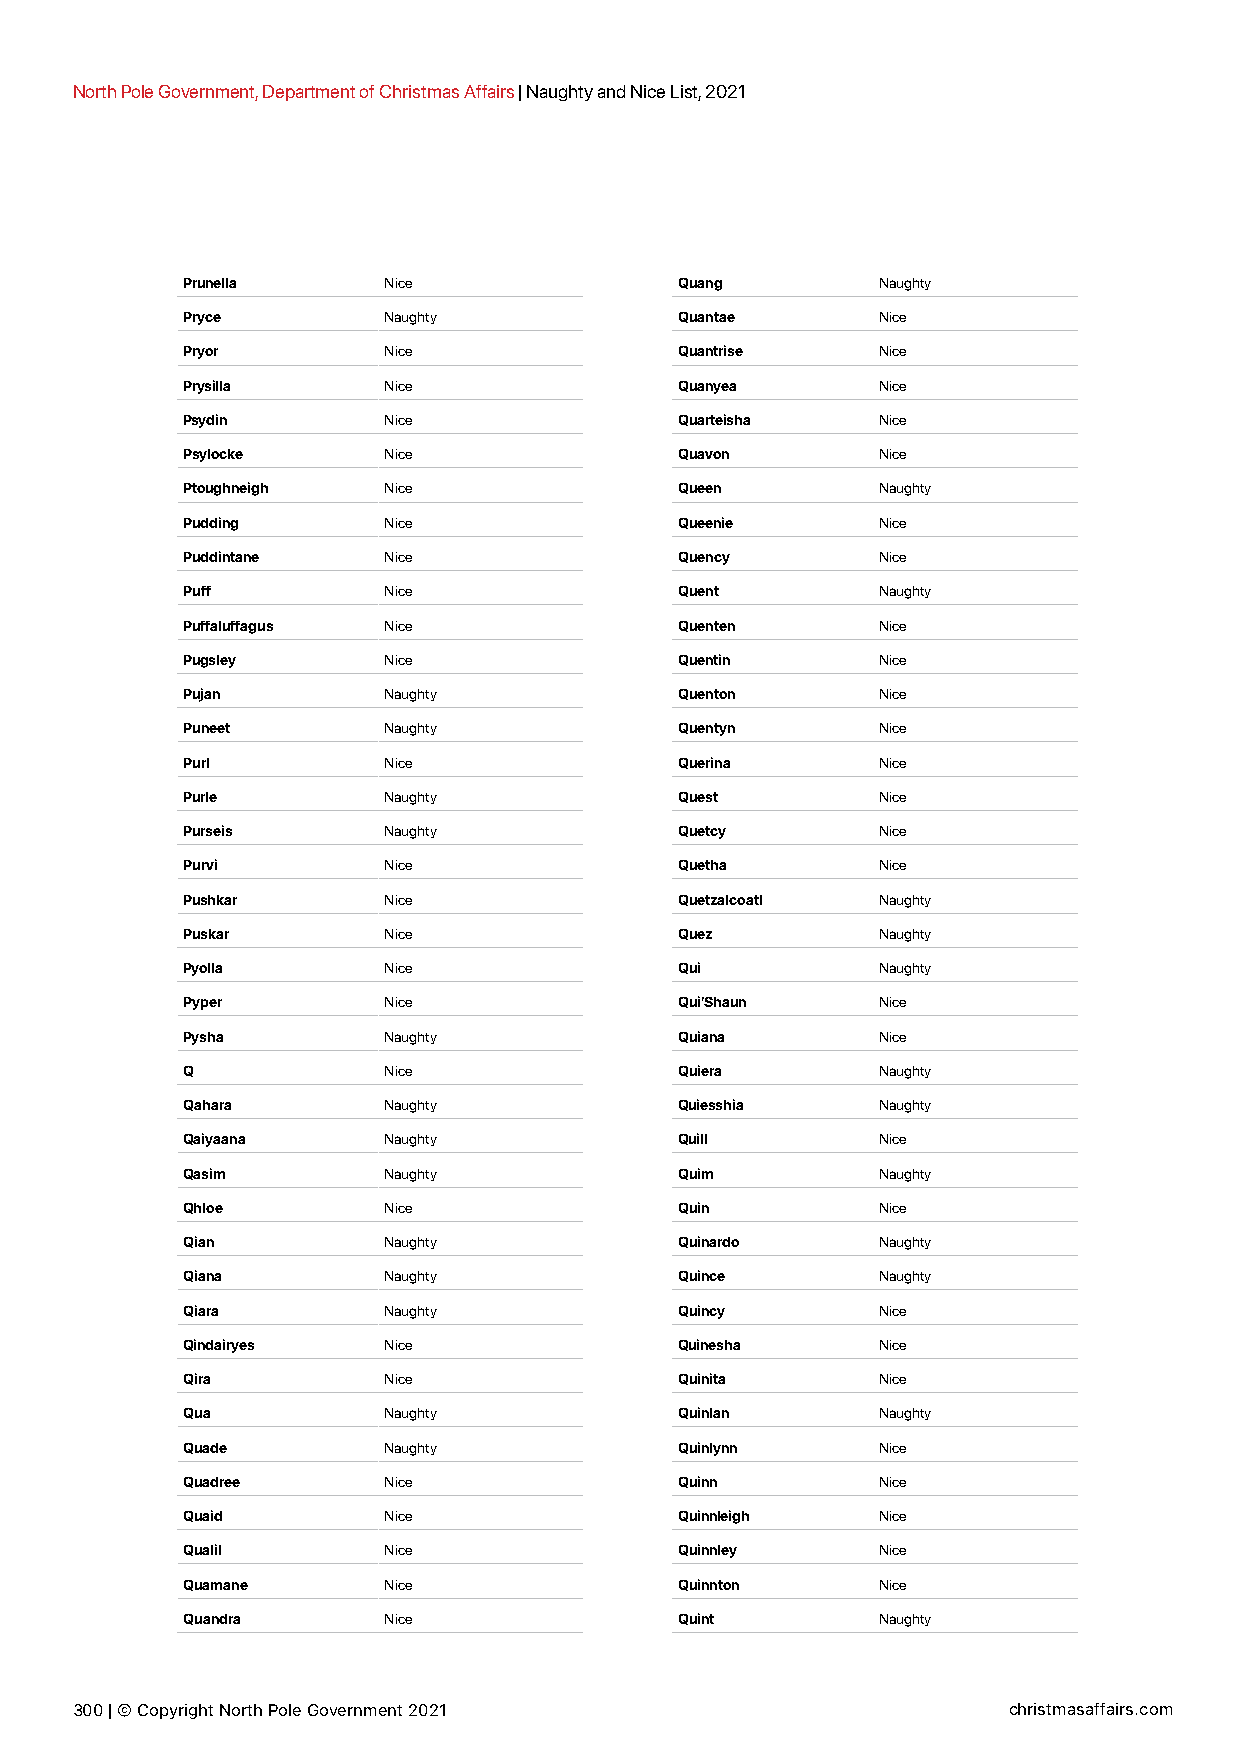
North Pole Government, Department of Christmas Affairs | Naughty and Nice List, 2021
 Prunella     Nice                Quang        Naughty
 Pryce        Naughty             Quantae      Nice
 Pryor        Nice                Quantrise    Nice
 Prysilla     Nice                Quanyea      Nice
 Psydin       Nice                Quarteisha   Nice
 Psylocke     Nice                Quavon       Nice
 Ptoughneigh  Nice                Queen        Naughty
 Pudding      Nice                Queenie      Nice
 Puddintane   Nice                Quency       Nice
 Puff         Nice                Quent        Naughty
 Puffaluffagus Nice               Quenten      Nice
 Pugsley      Nice                Quentin      Nice
 Pujan        Naughty             Quenton      Nice
 Puneet       Naughty             Quentyn      Nice
 Purl         Nice                Querina      Nice
 Purle        Naughty             Quest        Nice
 Purseis      Naughty             Quetcy       Nice
 Purvi        Nice                Quetha       Nice
 Pushkar      Nice                Quetzalcoatl Naughty
 Puskar       Nice                Quez         Naughty
 Pyolla       Nice                Qui          Naughty
 Pyper        Nice                Qui’Shaun    Nice
 Pysha        Naughty             Quiana       Nice
 Q            Nice                Quiera       Naughty
 Qahara       Naughty             Quiesshia    Naughty
 Qaiyaana     Naughty             Quill        Nice
 Qasim        Naughty             Quim         Naughty
 Qhloe        Nice                Quin         Nice
 Qian         Naughty             Quinardo     Naughty
 Qiana        Naughty             Quince       Naughty
 Qiara        Naughty             Quincy       Nice
 Qindairyes   Nice                Quinesha     Nice
 Qira         Nice                Quinita      Nice
 Qua          Naughty             Quinlan      Naughty
 Quade        Naughty             Quinlynn     Nice
 Quadree      Nice                Quinn        Nice
 Quaid        Nice                Quinnleigh   Nice
 Qualil       Nice                Quinnley     Nice
 Quamane      Nice                Quinnton     Nice
 Quandra      Nice                Quint        Naughty
 300 | © Copyright North Pole Government 2021                  christmasaffairs.com